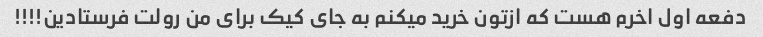
دفعه اول اخرم هست که ازتون خرید میکنم به جای کیک برای من رولت فرستادین!!!!